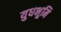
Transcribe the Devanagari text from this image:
युधभूमि